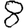
Digit: 8